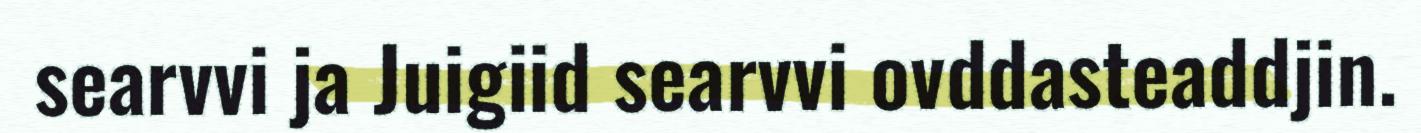
searvvi ja Juigiid searvvi ovddasteaddjin.